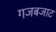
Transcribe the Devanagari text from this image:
गजबजाट